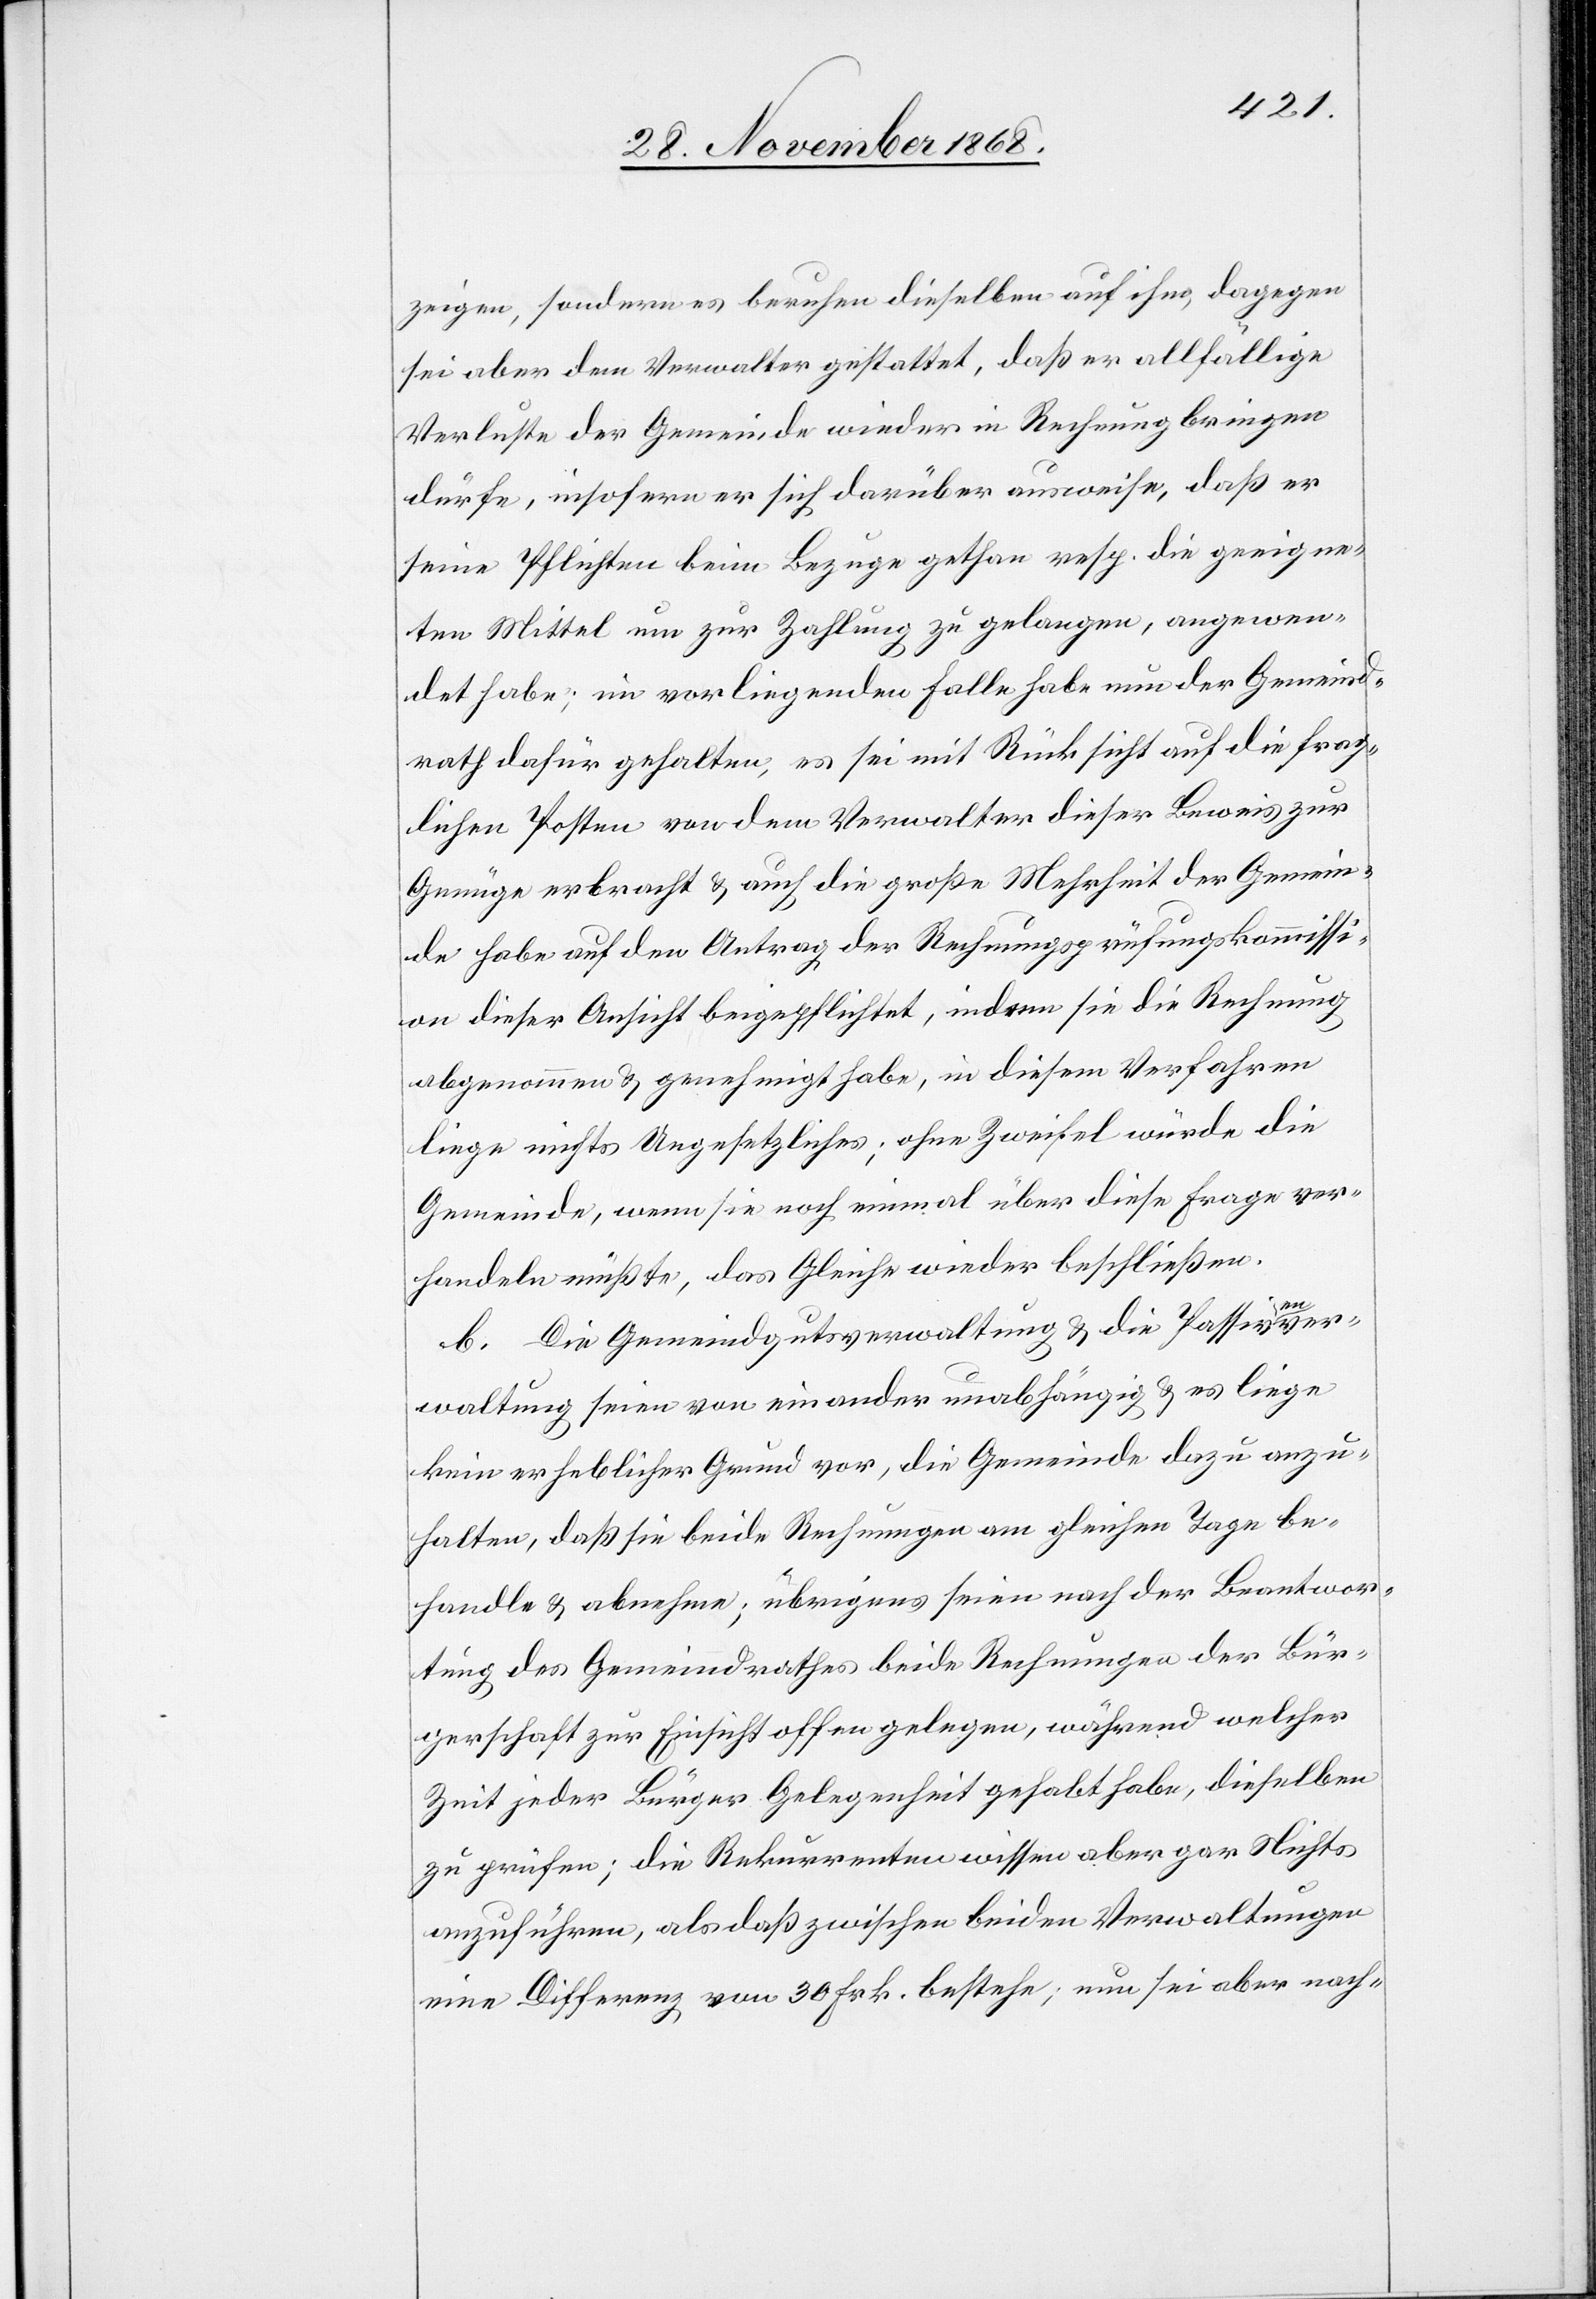
zeigen, sondern es beruhen dieselben auf ihm, dagegen
sei aber dem Verwalter gestattet, daß er allfällige
Verluste der Gemeinde wieder in Rechnung bringen
dürfe, insofern er sich darüber ausweise, daß er
seine Pflichten beim Bezuge gethan resp. die geeigne¬
ten Mittel um zur Zahlung zu gelangen, angewen¬
det habe; im vorliegenden Falle habe nun der Gemeind¬
rath dafür gehalten, es sei mit Rücksicht auf die frag¬
lichen Posten von dem Verwalter dieser Beweis zur
Genüge erbracht & auch die große Mehrheit der Gemein¬
de habe auf den Antrag der Rechnungsprüfungskommissi¬
on dieser Ansicht beigepflichtet, indem sie die Rechnung
abgenommen & genehmigt habe, in diesem Verfahren
liege nichts Ungesetzliches; ohne Zweifel würde die
Gemeinde, wenn sie noch einmal über diese Frage ver¬
handeln müßte, das Gleiche wieder beschließen.
b. Die Gemeindgutsverwaltung & die Passivenver¬
waltung seien von einander unabhängig & es liege
kein erheblicher Grund vor, die Gemeinde dazu anzu¬
halten, daß sie beide Rechnungen am gleichen Tage be¬
handle & abnehme; übrigens seien nach der Beantwor¬
tung des Gemeindrathes beide Rechnungen der Bür¬
gerschaft zur Einsicht offen gelegen, während welcher
Zeit jeder Bürger Gelegenheit gehabt habe, dieselben
zu prüfen; die Rekurrenten wissen aber gar Nichts
anzuführen, als daß zwischen beiden Verwaltungen
eine Differenz von 30 Frk. bestehe; nun sei aber nach-